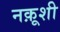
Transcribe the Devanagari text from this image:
नक़ूशी